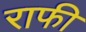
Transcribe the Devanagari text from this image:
राफी